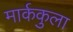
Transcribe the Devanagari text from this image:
मार्ककुला